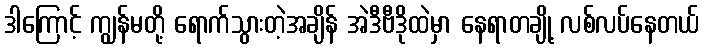
ဒါကြောင့် ကျွန်မတို့ ရောက်သွားတဲ့အချိန် အဲဒီဗီဒိုထဲမှာ နေရာတချို့ လစ်လပ်နေတယ်